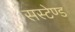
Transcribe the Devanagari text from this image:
सस्टेण्ड